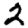
Digit: 2